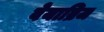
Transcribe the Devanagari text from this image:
वेयाब्रिज